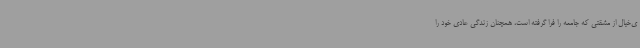
ی‌خیال از مشقتی که جامعه را فرا گرفته است، همچنان زندگی عادی خود را